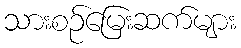
သားစဉ်မြေးဆက်များ